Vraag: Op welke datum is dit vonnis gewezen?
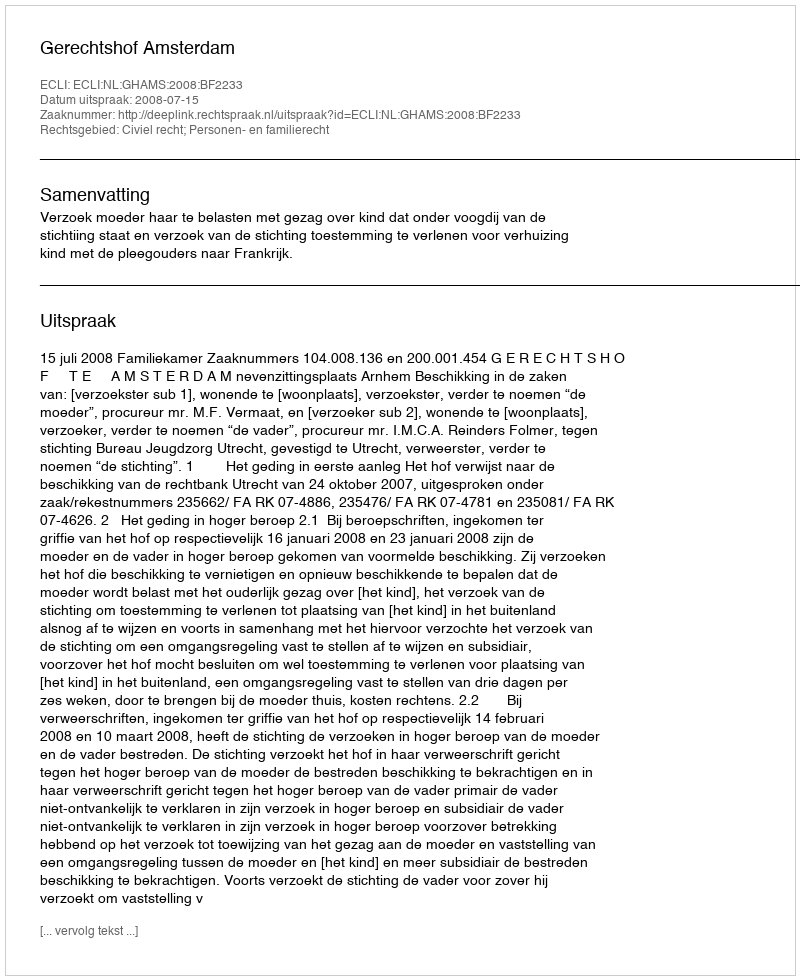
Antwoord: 2008-07-15